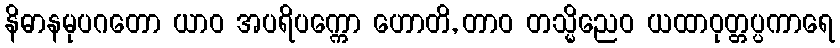
နိဓာနမုပဂတော ယာဝ အပရိပက္ကော ဟောတိ, တာဝ တသ္မိညေဝ ယထာဝုတ္တပ္ပကာရေ